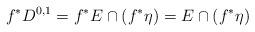
LaTeX: \begin{align*}f^*D^{0,1}=f^* E\cap (f^*\eta) =E\cap (f^*\eta)\end{align*}